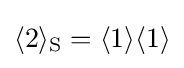
\langle 2\rangle _{\mathrm {S} }=\langle 1\rangle \langle 1\rangle